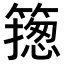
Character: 𥳺